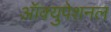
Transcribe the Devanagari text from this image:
ऑक्युपेशनल